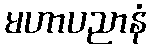
မဟာပညာနံ